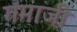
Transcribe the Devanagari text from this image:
गमाजी